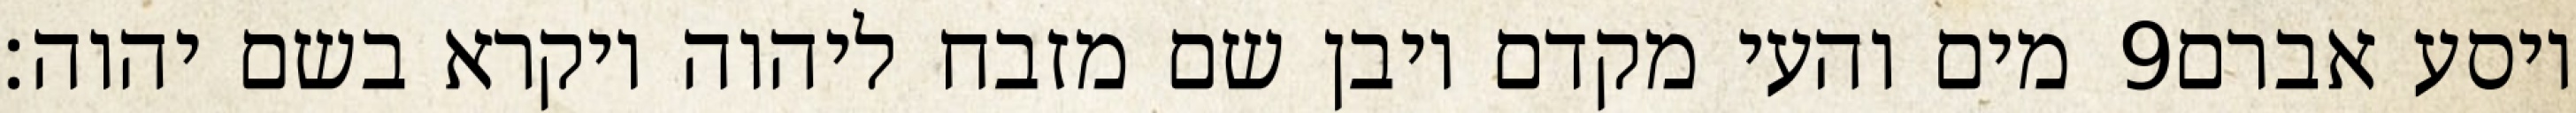
מים והעי מקדם ויבן שם מזבח ליהוה ויקרא בשם יהוה׃ ‎9‏ ויסע אברם